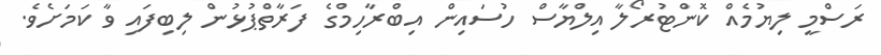
ރަސްމީ ލިޔުމެއް ކޮންޓުރޯލާ އިލްޔާސް ހުސައިން އިބްރާހިމްގެ ފަރާތްޕުޅުން ލިބިފައި ވާ ކަމަށެވެ.